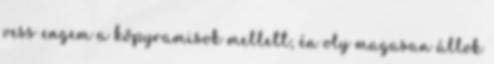
vess engem a kőpyramisok mellett; én oly magasan állok